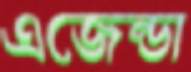
এজেন্ডা